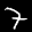
Label: 7